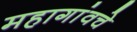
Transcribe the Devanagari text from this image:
महागांवचे